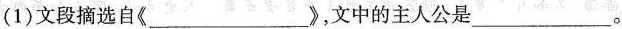
(1)文段摘选自《___》，文中的主人公是___。